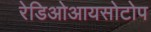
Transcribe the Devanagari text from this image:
रेडिओआयसोटोप